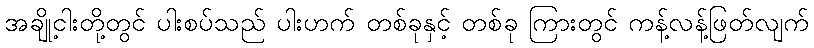
အချို့ငါးတို့တွင် ပါးစပ်သည် ပါးဟက် တစ်ခုနှင့် တစ်ခု ကြားတွင် ကန့်လန့်ဖြတ်လျက်